Tezpur Lunatic Asylum reports 1877-1894 - 1877-1894
Year: 1877
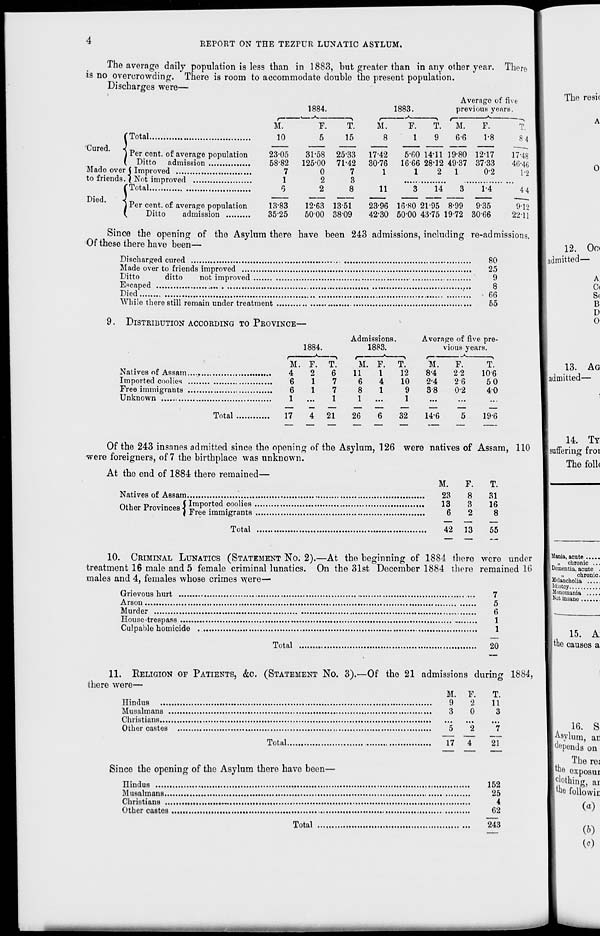
REPORT ON THE TEZPUR LUNATIC ASYLUM,
The average daily population is less than in 1883, but greater than in any other year. There
is no overcrowding. There is room to accommodate double the present population.
Discharges were—
1884.
<i
Total.
Per cent, of average population
Ditto admission
Made over j Improved
to friends. \ Not improved
'Total
Died.
!
Per cent, of average population
Ditto
admission
M.
10
23-05
58-82
7
1
6
13-83
35-25
F.
5
31-58
125-00
0
2
2
>
T.
15
25-33
71-42
7
3
8
1883.
„ *
M.
F.
8
1
T
9
Average of five
previous years.
M.
6-6
F.
1-8
17-42
30-76
1
11
5-fiO 14-11 19-80 12-17
1666 28-12 49-37 3733
12
1
0-2
T.
8 4
17-48
46-46
1-2
14
12-63 1351
5000 38-09
23-96 16-80 21-95 8-99
42-30 50-00 43-75 1972
1-4
935
3066
44
9-12
22-11
Since the opening of the Asylum there have been 243 admissions, including re-admissions.
Of these there have been—
Discharged cured
.
80
Made over to friends improved
25
Ditto
ditto
not improved.
9
Escaped
8
Died
66
While there still remain under treatment
55
9. DISTRIBUTION ACCORDING TO PROVINCE—
1884.
Admissions
1883.
Average of five pre-
vious years.
M.
4
F.
2
1
1
4
... ...^
T.
6
7
7
1
21
M
11
6
8
1
26
. F.
1
4
1
6
-\
T.
12
10
9
1
32
M.
8-4
2-4
38
14-6
F.
2 2
26
0-2
5
T.
10 6
Imported coolies ....
6
50
6
1
4-0
....
17
19-6
0
13. AG
| admitted—
1
Of the 243 insnnes admitted since the opening of the Asylum, 126 were natives of Assam, 110
were foreigners, of 7 the birthplace was unknown.
At the end of 1884 there remained—
M.
F.
T.
Natives of Assam
23
8
31
Other Provinces { ^P 0^ . coolie
t
8
l \
%
l l
\ Free immigrants
6
2
8
Total
42 13
55
10. CRIMINAL LUNATICS (STATEMENT NO. 2).—At the beginning of 1884 there were under
treatment 16 male and 5 female criminal lunatics. On the 31st December 1884 there remained 16
males and 4, females whose crimes were—
Grievous hurt
.-.
7
Arson
5
Murder
,
6
House-trespass
1
Culpable homicide
1
Total
20
11. RELIGION OF PATIENTS, &C. (STATEMENT NO. 3).—Of the 21 admissions during 1884,
there were—
M. F.
T.
Hindus
9
2
11
Musalmans
3
0
3
Christians
Other castes
5
2
7
Total
17 1"
~2\
Since the opening of the Asylum there have been—
Hindus
152
Musalmans
25
Christians
M
4
Other castes
62
Total
243
14. TY
suffering froi
The foil*
[ Mania, acute
i, chronic ...
I Dementia, acute .
[
n
chronic.
Melancholia
Wiotcy
Monomania
i Not insane
15. A
I the causes a
16. S
phylum, ac
Impends on
The res
9 exposur
c 'othing, ar
Itite followic
(a)
(*)
t<0